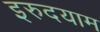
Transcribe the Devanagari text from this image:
इरुदयाम